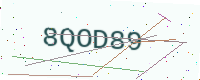
Text: 8QOD89